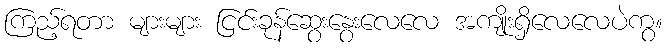
ကြည့်ရတာ များများ ငြင်းခုန်ဆွေးနွေးလေလေ အကျိုးရှိလေလေပဲကွ။